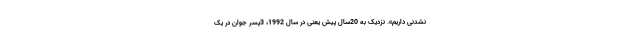
نشدنی داریم». نزدیک به 20سال پیش یعنی در سال 1992، 3پسر جوان در یک